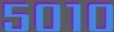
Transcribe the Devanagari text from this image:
५०१०